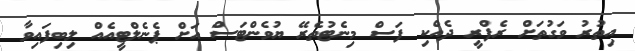
އިތުރު ވަގުތަށް ރެފްރީ ދެއްކި ފަސް މިނެޓުތެރޭ ޔުވެންޓަސް އަށް ޕެނެލްޓީއެއް ލިބިފައިވާ